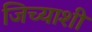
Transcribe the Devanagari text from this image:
जिच्याशी